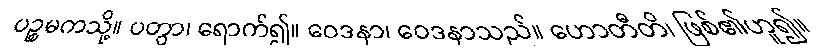
ပဉ္စမကသို့။ ပတွာ၊ ရောက်၍။ ဝေဒနာ၊ ဝေဒနာသည်။ ဟောတီတိ၊ ဖြစ်၏ဟူ၍။